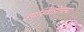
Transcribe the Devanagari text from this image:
उपस्थितीतल्या